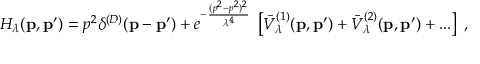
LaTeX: H _ { \lambda } ( { \bf p } , { \bf p ^ { \prime } } ) = p ^ { 2 } \delta ^ { ( D ) } ( { \bf p } - { \bf p ^ { \prime } } ) + e ^ { - \frac { ( p ^ { 2 } - p ^ { 2 } ) ^ { 2 } } { \lambda ^ { 4 } } } \; \left[ { \bar { V } } _ { \lambda } ^ { ( 1 ) } ( { \bf p } , { \bf p ^ { \prime } } ) + { \bar { V } } _ { \lambda } ^ { ( 2 ) } ( { \bf p } , { \bf p ^ { \prime } } ) + . . . \right] \; ,